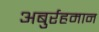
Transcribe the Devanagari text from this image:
अबुर्रहमान